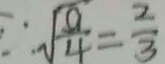
\therefore \sqrt { \frac { 9 } { 4 } } = \frac { 2 } { 3 }